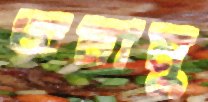
অনানু